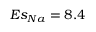
E s _ { N a } = 8 . 4